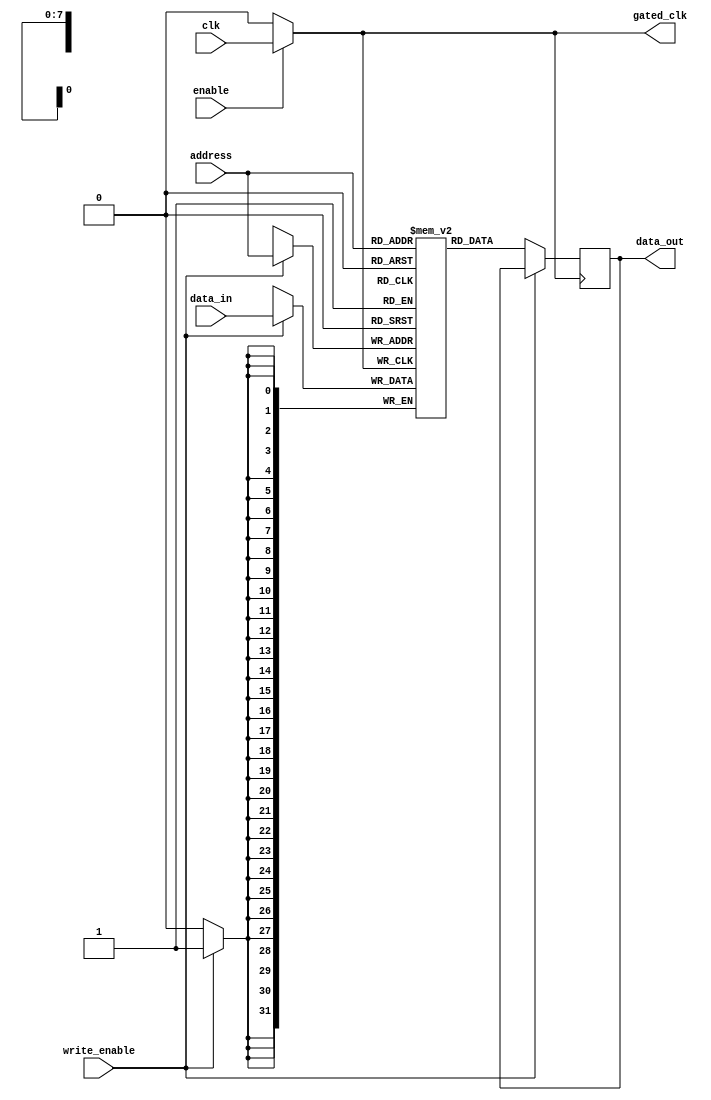
module conditional_clock_gating (
    input wire clk,              // Master clock signal
    input wire enable,           // Control signal to enable clock gating
    input wire [7:0] address,    // Address input for memory access
    input wire write_enable,      // Write enable signal
    input wire [31:0] data_in,    // Data input for write operations
    output reg [31:0] data_out,    // Data output for read operations
    output reg gated_clk          // Gated clock output
);

    // Memory array (for example, 256 x 32-bit memory)
    reg [31:0] memory [255:0];

    // Clock gating logic
    always @(*) begin
        // Conditional clock gating
        if (enable) begin
            gated_clk = clk; // Pass the master clock if enabled
        end else begin
            gated_clk = 1'b0; // Disable clock if not enabled
        end
    end

    // Memory operation logic
    always @(posedge gated_clk) begin
        if (write_enable) begin
            // Write data to memory
            memory[address] <= data_in;
        end else begin
            // Read data from memory
            data_out <= memory[address];
        end
    end

endmodule